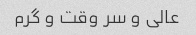
عالی و سر وقت و گرم